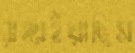
রাঙ্গাইয়াছিস